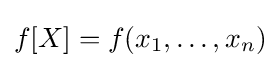
f[X]=f(x_{1},\ldots ,x_{n})